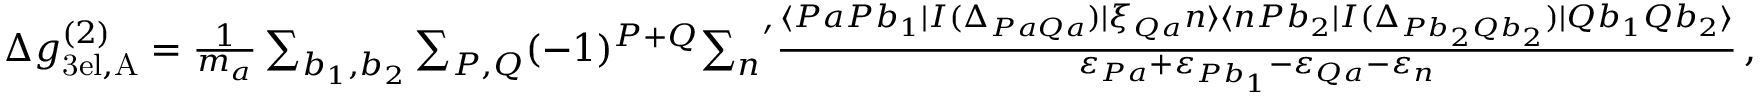
\begin{array} { r } { \Delta g _ { \mathrm { 3 e l , A } } ^ { ( 2 ) } = \frac { 1 } { m _ { a } } \sum _ { b _ { 1 } , b _ { 2 } } \sum _ { P , Q } ( - 1 ) ^ { P + Q } { \sum _ { n } } ^ { \prime } \frac { \langle P a P b _ { 1 } | I ( \Delta _ { P a Q a } ) | \xi _ { Q a } n \rangle \langle n P b _ { 2 } | I ( \Delta _ { P b _ { 2 } Q b _ { 2 } } ) | Q b _ { 1 } Q b _ { 2 } \rangle } { \varepsilon _ { P a } + \varepsilon _ { P b _ { 1 } } - \varepsilon _ { Q a } - \varepsilon _ { n } } \, , } \end{array}